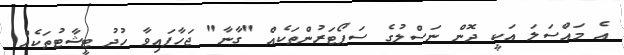
އެ މައްސަލަ އަކީ ދޮން ނަސްލުގެ ސަޕޯޓަރުންތަކެއް "ގާނާ" ޖަހާފައިވާ ހުދު ޓީޝާޓުތަކެއް